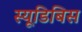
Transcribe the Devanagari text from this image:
स्यूडिबिस